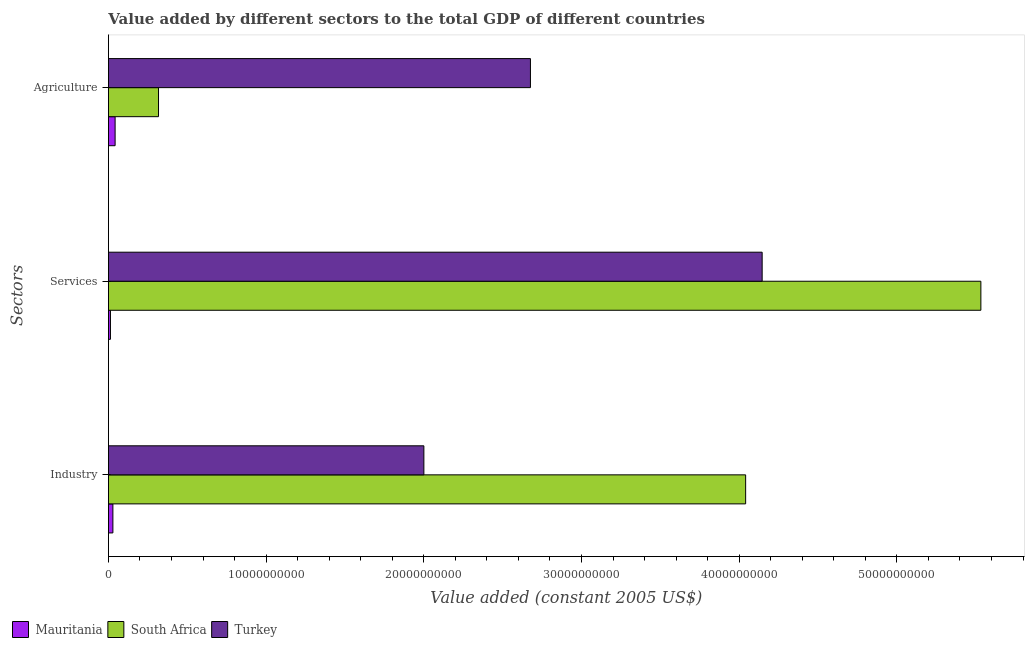
| Sectors | Mauritania | South Africa | Turkey |
 | --- | --- | --- | --- |
 | Industry | 2.83e+08 | 4.04e+10 | 2e+10 |
 | Services | 1.28e+08 | 5.53e+10 | 4.15e+10 |
 | Agriculture | 4.24e+08 | 3.18e+09 | 2.68e+10 |